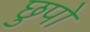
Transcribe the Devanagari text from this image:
छुपो